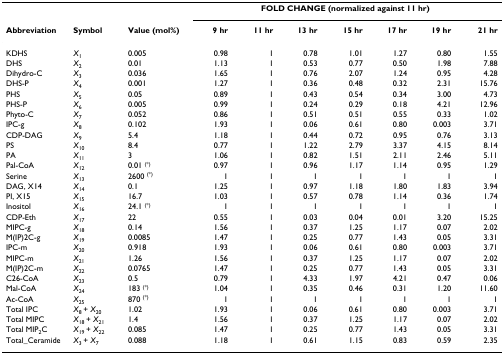
<table><thead><tr><td></td><td></td><td></td><td colspan="7"><b>FOLD CHANGE (normalized against 11 hr)</b></td></tr><tr><td><b>Abbreviation</b></td><td><b>Symbol</b></td><td><b>Value (mol%)</b></td><td><b>9 hr</b></td><td><b>11 hr</b></td><td><b>13 hr</b></td><td><b>15 hr</b></td><td><b>17 hr</b></td><td><b>19 hr</b></td><td><b>21 hr</b></td></tr></thead><tbody><tr><td>KDHS</td><td><i>X</i><sub>1</sub></td><td>0.005</td><td>0.98</td><td>1</td><td>0.78</td><td>1.01</td><td>1.27</td><td>0.80</td><td>1.55</td></tr><tr><td>DHS</td><td><i>X</i><sub>2</sub></td><td>0.01</td><td>1.13</td><td>1</td><td>0.53</td><td>0.77</td><td>0.50</td><td>1.98</td><td>7.88</td></tr><tr><td>Dihydro-C</td><td><i>X</i><sub>3</sub></td><td>0.036</td><td>1.65</td><td>1</td><td>0.76</td><td>2.07</td><td>1.24</td><td>0.95</td><td>4.28</td></tr><tr><td>DHS-P</td><td><i>X</i><sub>4</sub></td><td>0.001</td><td>1.27</td><td>1</td><td>0.36</td><td>0.48</td><td>0.32</td><td>2.31</td><td>15.76</td></tr><tr><td>PHS</td><td><i>X</i><sub>5</sub></td><td>0.05</td><td>0.89</td><td>1</td><td>0.43</td><td>0.54</td><td>0.34</td><td>3.00</td><td>4.73</td></tr><tr><td>PHS-P</td><td><i>X</i><sub>6</sub></td><td>0.005</td><td>0.99</td><td>1</td><td>0.24</td><td>0.29</td><td>0.18</td><td>4.21</td><td>12.96</td></tr><tr><td>Phyto-C</td><td><i>X</i><sub>7</sub></td><td>0.052</td><td>0.86</td><td>1</td><td>0.51</td><td>0.51</td><td>0.55</td><td>0.33</td><td>1.02</td></tr><tr><td>IPC-g</td><td><i>X</i><sub>8</sub></td><td>0.102</td><td>1.93</td><td>1</td><td>0.06</td><td>0.61</td><td>0.80</td><td>0.003</td><td>3.71</td></tr><tr><td>CDP-DAG</td><td><i>X</i><sub>9</sub></td><td>5.4</td><td>1.18</td><td>1</td><td>0.44</td><td>0.72</td><td>0.95</td><td>0.76</td><td>3.13</td></tr><tr><td>PS</td><td><i>X</i><sub>10</sub></td><td>8.4</td><td>0.77</td><td>1</td><td>1.22</td><td>2.79</td><td>3.37</td><td>4.15</td><td>8.14</td></tr><tr><td>PA</td><td><i>X</i><sub>11</sub></td><td>3</td><td>1.06</td><td>1</td><td>0.82</td><td>1.51</td><td>2.11</td><td>2.46</td><td>5.11</td></tr><tr><td>Pal-CoA</td><td><i>X</i><sub>12</sub></td><td>0.01 <sup>(*)</sup></td><td>0.97</td><td>1</td><td>0.96</td><td>1.17</td><td>1.14</td><td>0.95</td><td>1.29</td></tr><tr><td>Serine</td><td><i>X</i><sub>13</sub></td><td>2600 <sup>(*)</sup></td><td>1</td><td>1</td><td>1</td><td>1</td><td>1</td><td>1</td><td>1</td></tr><tr><td>DAG, X14</td><td><i>X</i><sub>14</sub></td><td>0.1</td><td>1.25</td><td>1</td><td>0.97</td><td>1.18</td><td>1.80</td><td>1.83</td><td>3.94</td></tr><tr><td>PI, X15</td><td><i>X</i><sub>15</sub></td><td>16.7</td><td>1.03</td><td>1</td><td>0.57</td><td>0.78</td><td>1.14</td><td>0.36</td><td>1.74</td></tr><tr><td>Inositol</td><td><i>X</i><sub>16</sub></td><td>24.1 <sup>(*)</sup></td><td>1</td><td>1</td><td>1</td><td>1</td><td>1</td><td>1</td><td>1</td></tr><tr><td>CDP-Eth</td><td><i>X</i><sub>17</sub></td><td>22</td><td>0.55</td><td>1</td><td>0.03</td><td>0.04</td><td>0.01</td><td>3.20</td><td>15.25</td></tr><tr><td>MIPC-g</td><td><i>X</i><sub>18</sub></td><td>0.14</td><td>1.56</td><td>1</td><td>0.37</td><td>1.25</td><td>1.17</td><td>0.07</td><td>2.02</td></tr><tr><td>M(IP)2C-g</td><td><i>X</i><sub>19</sub></td><td>0.0085</td><td>1.47</td><td>1</td><td>0.25</td><td>0.77</td><td>1.43</td><td>0.05</td><td>3.31</td></tr><tr><td>IPC-m</td><td><i>X</i><sub>20</sub></td><td>0.918</td><td>1.93</td><td>1</td><td>0.06</td><td>0.61</td><td>0.80</td><td>0.003</td><td>3.71</td></tr><tr><td>MIPC-m</td><td><i>X</i><sub>21</sub></td><td>1.26</td><td>1.56</td><td>1</td><td>0.37</td><td>1.25</td><td>1.17</td><td>0.07</td><td>2.02</td></tr><tr><td>M(IP)2C-m</td><td><i>X</i><sub>22</sub></td><td>0.0765</td><td>1.47</td><td>1</td><td>0.25</td><td>0.77</td><td>1.43</td><td>0.05</td><td>3.31</td></tr><tr><td>C26-CoA</td><td><i>X</i><sub>23</sub></td><td>0.5</td><td>0.79</td><td>1</td><td>4.33</td><td>1.97</td><td>4.21</td><td>0.47</td><td>0.06</td></tr><tr><td>Mal-CoA</td><td><i>X</i><sub>24</sub></td><td>183 <sup>(*)</sup></td><td>1.04</td><td>1</td><td>0.35</td><td>0.46</td><td>0.31</td><td>1.20</td><td>11.60</td></tr><tr><td>Ac-CoA</td><td><i>X</i><sub>25</sub></td><td>870 <sup>(*)</sup></td><td>1</td><td>1</td><td>1</td><td>1</td><td>1</td><td>1</td><td>1</td></tr><tr><td>Total IPC</td><td><i>X</i><sub>8 </sub>+ <i>X</i><sub>20</sub></td><td>1.02</td><td>1.93</td><td>1</td><td>0.06</td><td>0.61</td><td>0.80</td><td>0.003</td><td>3.71</td></tr><tr><td>Total MIPC</td><td><i>X</i><sub>18 </sub>+ <i>X</i><sub>21</sub></td><td>1.4</td><td>1.56</td><td>1</td><td>0.37</td><td>1.25</td><td>1.17</td><td>0.07</td><td>2.02</td></tr><tr><td>Total MIP<sub>2</sub>C</td><td><i>X</i><sub>19 </sub>+ <i>X</i><sub>22</sub></td><td>0.085</td><td>1.47</td><td>1</td><td>0.25</td><td>0.77</td><td>1.43</td><td>0.05</td><td>3.31</td></tr><tr><td>Total_Ceramide</td><td><i>X</i><sub>3 </sub>+ <i>X</i><sub>7</sub></td><td>0.088</td><td>1.18</td><td>1</td><td>0.61</td><td>1.15</td><td>0.83</td><td>0.59</td><td>2.35</td></tr></tbody></table>